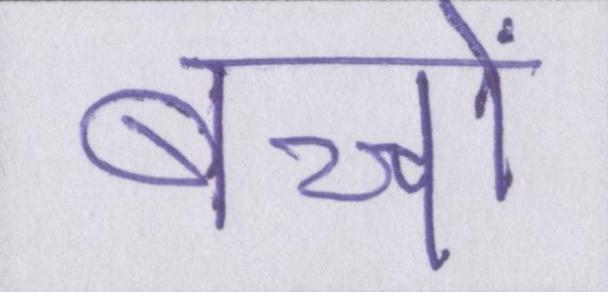
बच्चों